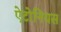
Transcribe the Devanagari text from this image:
ऐटोनियस